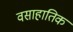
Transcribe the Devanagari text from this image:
वसाहातिक